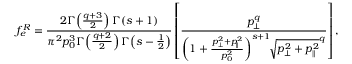
f _ { e } ^ { R } = \frac { 2 \Gamma \! \left( \frac { q + 3 } { 2 } \right) \Gamma \! \left( s + 1 \right) } { \pi ^ { 2 } p _ { 0 } ^ { 3 } \Gamma \! \left( \frac { q + 2 } { 2 } \right) \Gamma \! \left( s - \frac { 1 } { 2 } \right) } \left[ \frac { p _ { \perp } ^ { q } } { \left( 1 + \frac { p _ { \perp } ^ { 2 } + p _ { \parallel } ^ { 2 } } { p _ { 0 } ^ { 2 } } \right) ^ { s + 1 } \! \! \sqrt { p _ { \perp } ^ { 2 } + p _ { \parallel } ^ { 2 } } ^ { q } } \right] ,